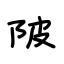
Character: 陂